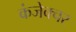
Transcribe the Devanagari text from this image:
कंजेक्चर